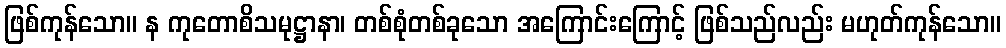
ဖြစ်ကုန်သော။ န ကုတောစိသမုဋ္ဌာနာ၊ တစ်စုံတစ်ခုသော အကြောင်းကြောင့် ဖြစ်သည်လည်း မဟုတ်ကုန်သော။